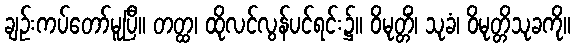
ချဉ်းကပ်တော်မူပြီ။ တတ္ထ၊ ထိုလင်လွန်ပင်ရင်း၌။ ဝိမုတ္တိံ၊ သုခံ၊ ဝိမုတ္တိသုခကို။